Lunatic asylums Madras 1877-1891 - 1877-1891
Year: 1877
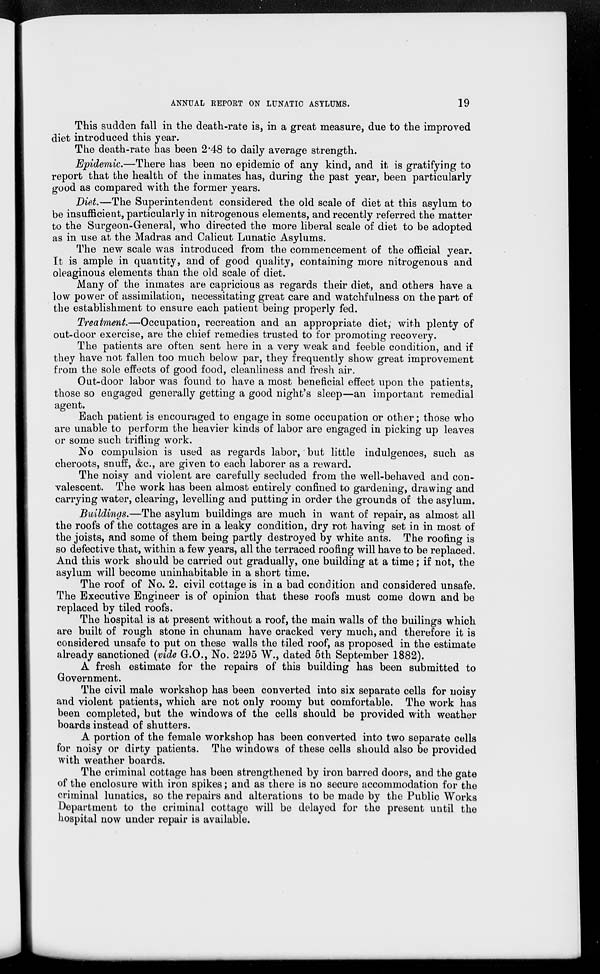
19
ANNUAL REPORT ON LUNATIC ASYLUMS.
This sudden fall in the death-rate is, in a great measure, due to the improved
diet introduced this year.
The death-rate has been 2.48 to daily average strength.
Epidemic.—There has been no epidemic of any kind, and it is gratifying to
report that the health of the inmates has, during the past year, been particularly
good as compared with the former years.
Diet.—The Superintendent considered the old scale of diet at this asylum to
be insufficient, particularly in nitrogenous elements, and recently referred the matter
to the Surgeon-General, who directed the more liberal scale of diet to be adopted
as in use at the Madras and Calicut Lunatic Asylums.
The new scale was introduced from the commencement of the official year.
It is ample in quantity, and of good quality, containing more nitrogenous and
oleaginous elements than the old scale of diet.
Many of the inmates are capricious as regards their diet, and others have a
low power of assimilation, necessitating great care and watchfulness on the part of
the establishment to ensure each patient being properly fed.
Treatment.—Occupation, recreation and an appropriate diet, with plenty of
out-door exercise, are the chief remedies trusted to for promoting recovery.
The patients are often sent here in a very weak and feeble condition, and if
they have not fallen too much below par, they frequently show great improvement
from the sole effects of good food, cleanliness and fresh air.
Out-door labor was found to have a most beneficial effect upon the patients,
those so engaged generally getting a good night's sleep—an important remedial
agent.
Each patient is encouraged to engage in some occupation or other; those who
are unable to perform the heavier kinds of labor are engaged in picking up leaves
or some such trifling work.
No compulsion is used as regards labor, but little indulgences, such as
cheroots, snuff, &c., are given to each laborer as a reward.
The noisy and violent are carefully secluded from the well-behaved and con-
valescent. The work has been almost entirely confined to gardening, drawing and
carrying water, clearing, levelling and putting in order the grounds of the asylum.
Buildings.—The asylum buildings are much in want of repair, as almost all
the roofs of the cottages are in a leaky condition, dry rot having set in in most of
the joists, and some of them being partly destroyed by white ants. The roofing is
so defective that, within a few years, all the terraced roofing will have to be replaced.
And this work should be carried out gradually, one building at a time; if not, the
asylum will become uninhabitable in a short time.
The roof of No. 2. civil cottage is in a bad condition and considered unsafe.
The Executive Engineer is of opinion that these roofs must come down and be
replaced by tiled roofs.
The hospital is at present without a roof, the main walls of the builings which
are built of rough stone in chunam have cracked very much, and therefore it is
considered unsafe to put on these walls the tiled roof, as proposed in the estimate
already sanctioned (vide G.O., No. 2295 W., dated 5th September 1882).
A fresh estimate for the repairs of this building has been submitted to
Government.
The civil male workshop has been converted into six separate cells for noisy
and violent patients, which are not only roomy but comfortable. The work has
been completed, but the windows of the cells should be provided with weather
boards instead of shutters.
A portion of the female workshop has been converted into two separate cells
for noisy or dirty patients. The windows of these cells should also be provided
with weather boards.
The criminal cottage has been strengthened by iron barred doors, and the gate
of the enclosure with iron spikes; and as there is no secure accommodation for the
criminal lunatics, so the repairs and alterations to be made by the Public Works
Department to the criminal cottage will be delayed for the present until the
hospital now under repair is available.